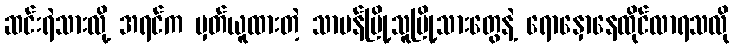
ဆင်းရဲသားလို့ အရင်က မှတ်ယူထားတဲ့ သာမန်မြို့သူမြို့သားတွေနဲ့ ရောနှောနေထိုင်လာရသလို